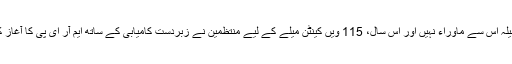
کینٹن میلہ اس سے ماوراء نہیں اور اس سال، 115 ویں کینٹن میلے کے لیے منتظمین نے زبردست کامیابی کے ساتھ ایم آر ای پی کا آغاز کیا ہے۔